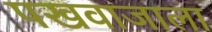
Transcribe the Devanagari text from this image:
पखवाजाला